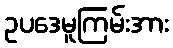
ဥပဒေမူကြမ်းအား